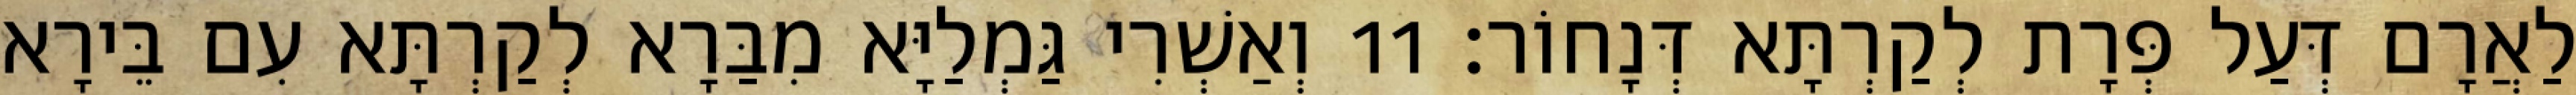
לַאֲרָם דְּעַל פְּרָת לְקַרְתָּא דְּנָחוֹר׃ 11 וְאַשְׁרִי גַּמְלַיָּא מִבַּרָא לְקַרְתָּא עִם בֵּירָא